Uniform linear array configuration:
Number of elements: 16
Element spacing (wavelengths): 0.25
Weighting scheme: hamming
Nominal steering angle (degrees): -60
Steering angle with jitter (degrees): -61.19
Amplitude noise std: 0.05
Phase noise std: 0.05

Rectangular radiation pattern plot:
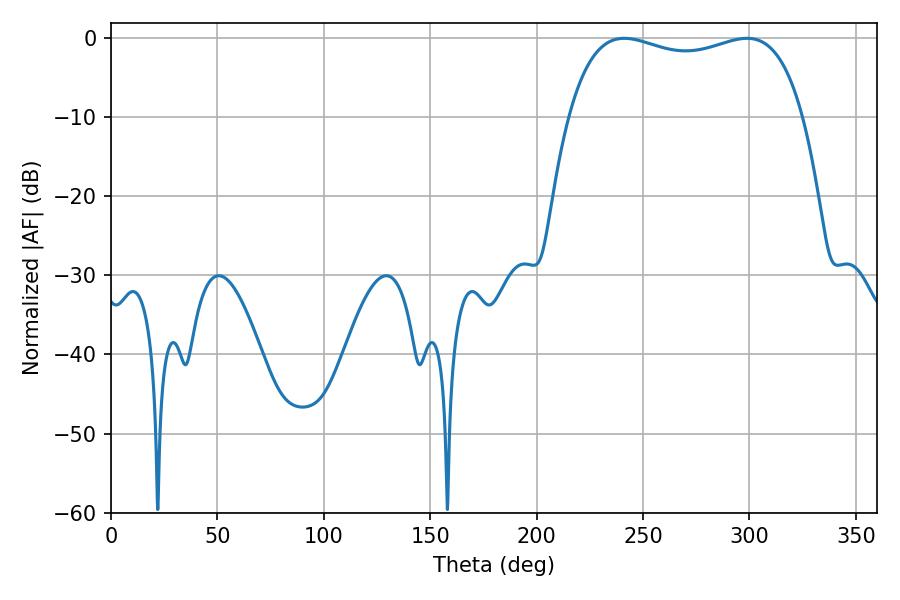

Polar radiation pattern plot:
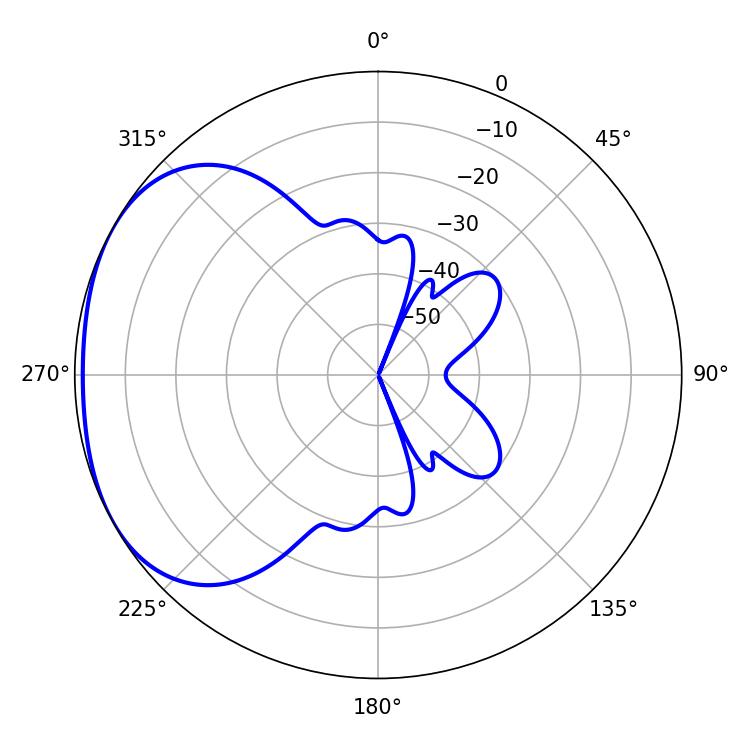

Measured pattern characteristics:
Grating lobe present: FALSE
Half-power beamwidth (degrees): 90
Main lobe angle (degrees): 241.2